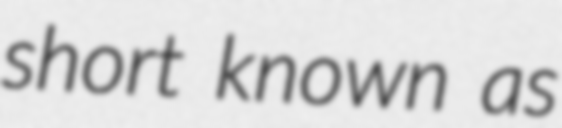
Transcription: short known as